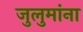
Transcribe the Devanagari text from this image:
जुलुमांना